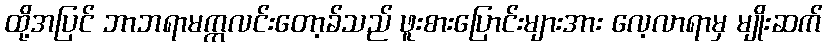
ထို့အပြင် ဘာဘရာမက္ကလင်းတော့ခ်သည် ဖူးစားပြောင်းများအား လေ့လာရာမှ မျိုးဆက်